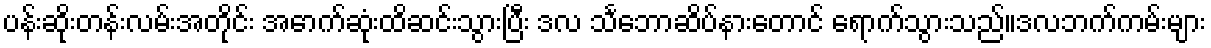
ပန်းဆိုးတန်းလမ်းအတိုင်း အောက်ဆုံးထိဆင်းသွားပြီး ဒလ သင်္ဘောဆိပ်နားတောင် ရောက်သွားသည်။ဒလဘက်ကမ်းများ